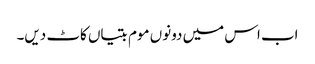
اب اس میں دونوں موم بتیاں کاٹ دیں۔